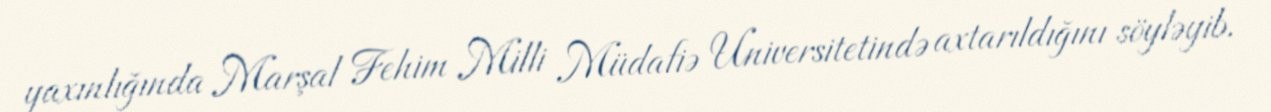
yaxınlığında Marşal Fehim Milli Müdafiə Universitetində axtarıldığını söyləyib.